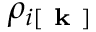
\rho _ { i [ \textbf { k } ] }